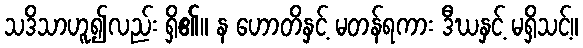
သဒိသာဟူ၍လည်း ရှိ၏။ န ဟောတိနှင့် မတန်ရကား ဒီဃနှင့် မရှိသင့်။